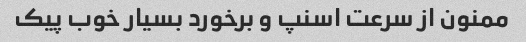
ممنون از سرعت اسنپ و برخورد بسیار خوب پیک